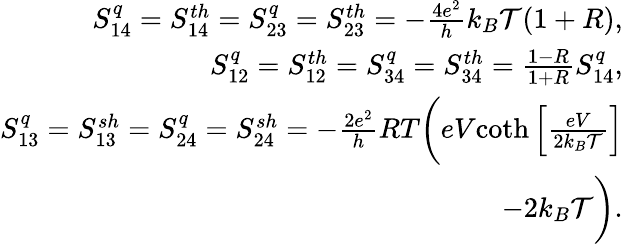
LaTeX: \begin{array}{r}{{S_{14}^{q}=S_{14}^{th}=S_{23}^{q}=S_{23}^{th}=-\frac{4e^{2}}{h}k_{B}\mathcal{T}(1+R),}}\\ {{S_{12}^{q}=S_{12}^{th}=S_{34}^{q}=S_{34}^{th}=\frac{1-R}{1+R}S_{14}^{q},}}\\ {{S_{13}^{q}=S_{13}^{sh}=S_{24}^{q}=S_{24}^{sh}=-\frac{2e^{2}}{h}RT\bigg(eV}{\coth\left[\frac{eV}{2k_{B}\mathcal{T}}\right]}}\\ {{-2k_{B}\mathcal{T}\bigg)}.}\end{array}